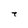
Character: 7